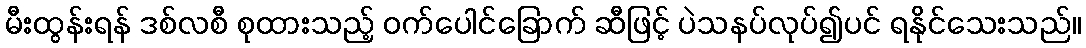
မီးထွန်းရန် ဒစ်လစီ စုထားသည့် ဝက်ပေါင်ခြောက် ဆီဖြင့် ပဲသနပ်လုပ်၍ပင် ရနိုင်သေးသည်။